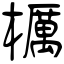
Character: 櫔